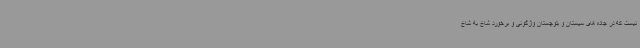
نیست که در جاده های سیستان و بلوچستان واژگونی و برخورد شاخ به شاخ